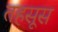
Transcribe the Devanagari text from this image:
तहसूस